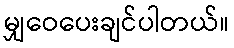
မျှဝေပေးချင်ပါတယ်။